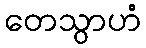
တေသွာဟံ